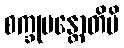
စက္ခုမန္တောတိပိ